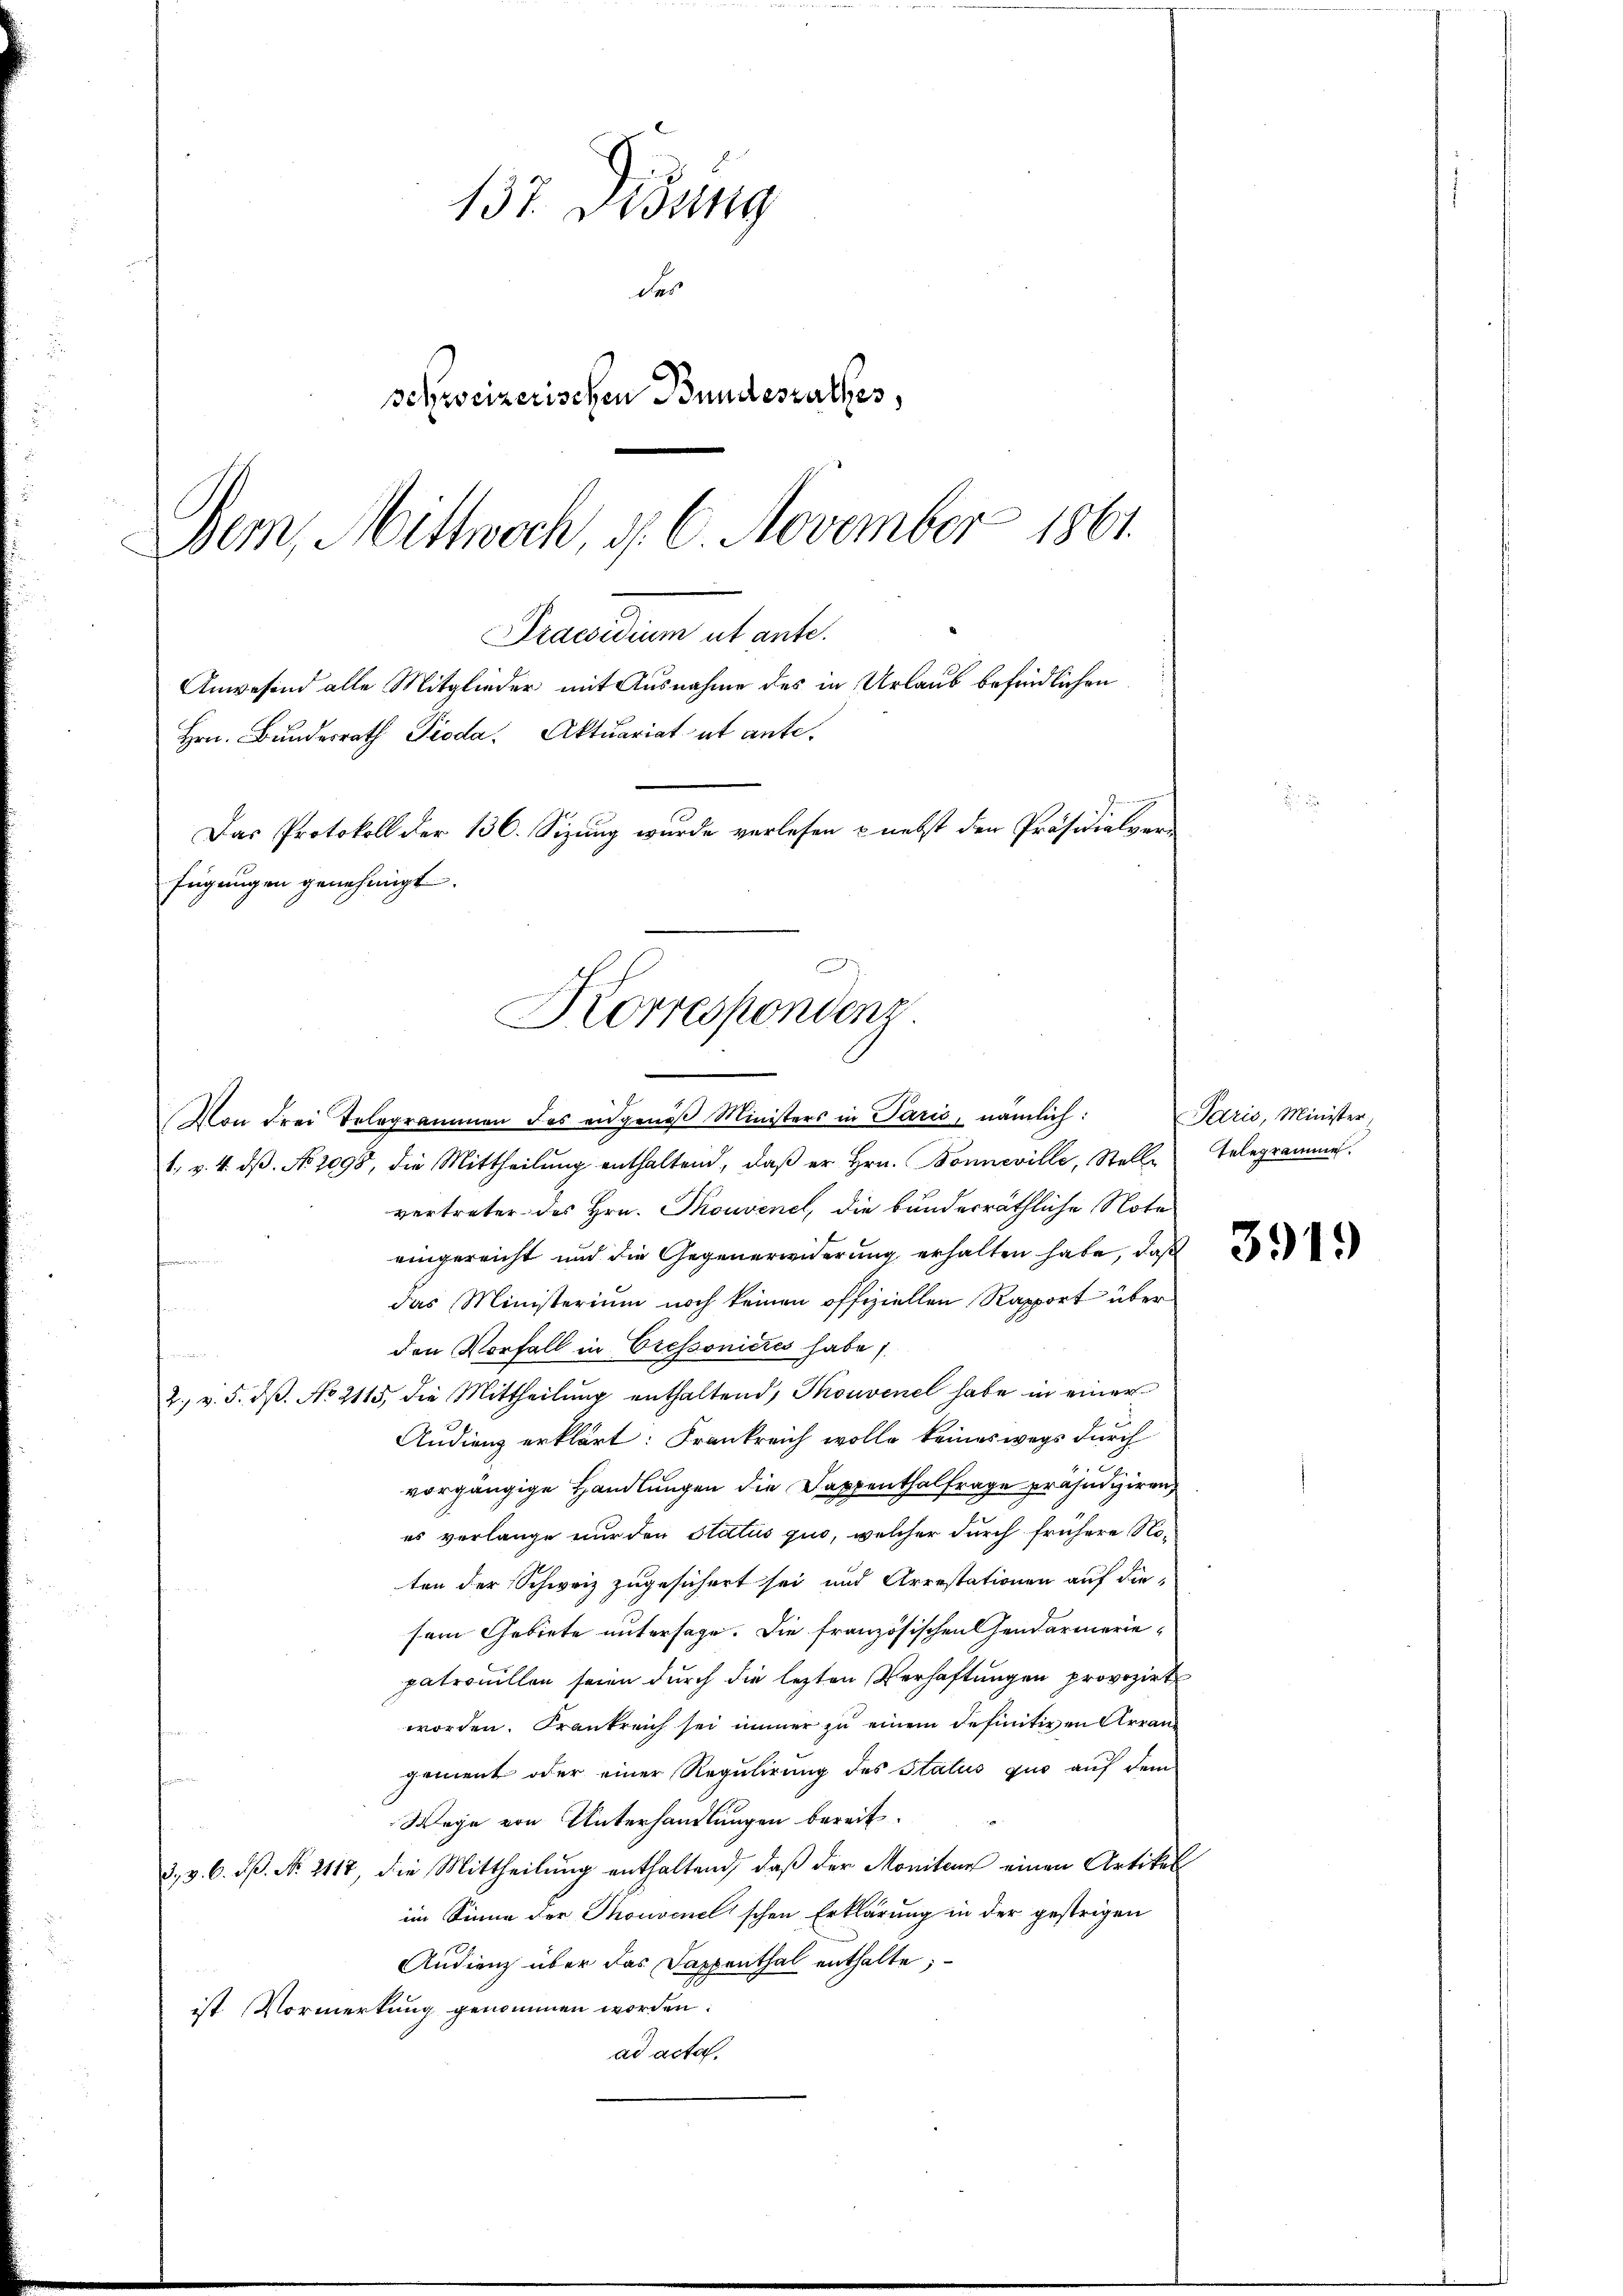
137. Didung
des
schweizerischen Bundesrathes,
Dem, Mittwoch, d. 6. November 1861.

Praesidium ut ante.
Anwesend alle Mitglieder mit Ausnahme des in Urlaub befindlichen
Hrn. Bundesrath Pioda. Aktuariat ut ante¬
Das Protokoll der 136. Sizung wurde verlesen nebst den Präsidialver
fügungen genehmigt.
Korrespondenz

Von drei Telegrammen des eidgenoß Ministers in Paris, nämlich:
1. v. 4. dβ. No. 2098, die Mittheilung enthaltend, daβ er hrn. Bonneville, Stelle Telegrammen.
vertreter des Hrn. Thouvenel, die bunderräthliche Note
eingereicht und die Gegenerwiderung erhalten habe, daß
das Ministerium noch keinen offiziellen Rapport über
den Vorfall in Cressonieres habe
2. v. 5. dβ. No 2115, die Mittheilŭng enthaltend, Thonvenel habe in einer
Audienz erklärt: Frankreich wolle keineswegs durch
.
vorgängige Handlungen die Dappenthalfrage präjudiziren
es verlange nur den Status quo, welcher durch frühere Noten der Schweiz zugesichert sei und Arrestationen auf die
sein Gebiete untersage. Die französischen Gendarmerie-
patrouillen seien durch die lezten Verhaftungen provozirt
worden. Frankreich sei immer zu einem definitiven Arrangement oder einer Regulirung des Status quo auf dem
Wege von Unterhandlungen bereit.
3, 3. 6. dß. No. 2117, die Mittheilung enthaltend, daß der Moniten einen Artikel
im Sinne der Thonvenelischen Erklärung in der gestrigen
Audienz über das Sappenthal enthalte;
ist Vormerkung genommen worden.
ad acta.

Paris, Minister

3919